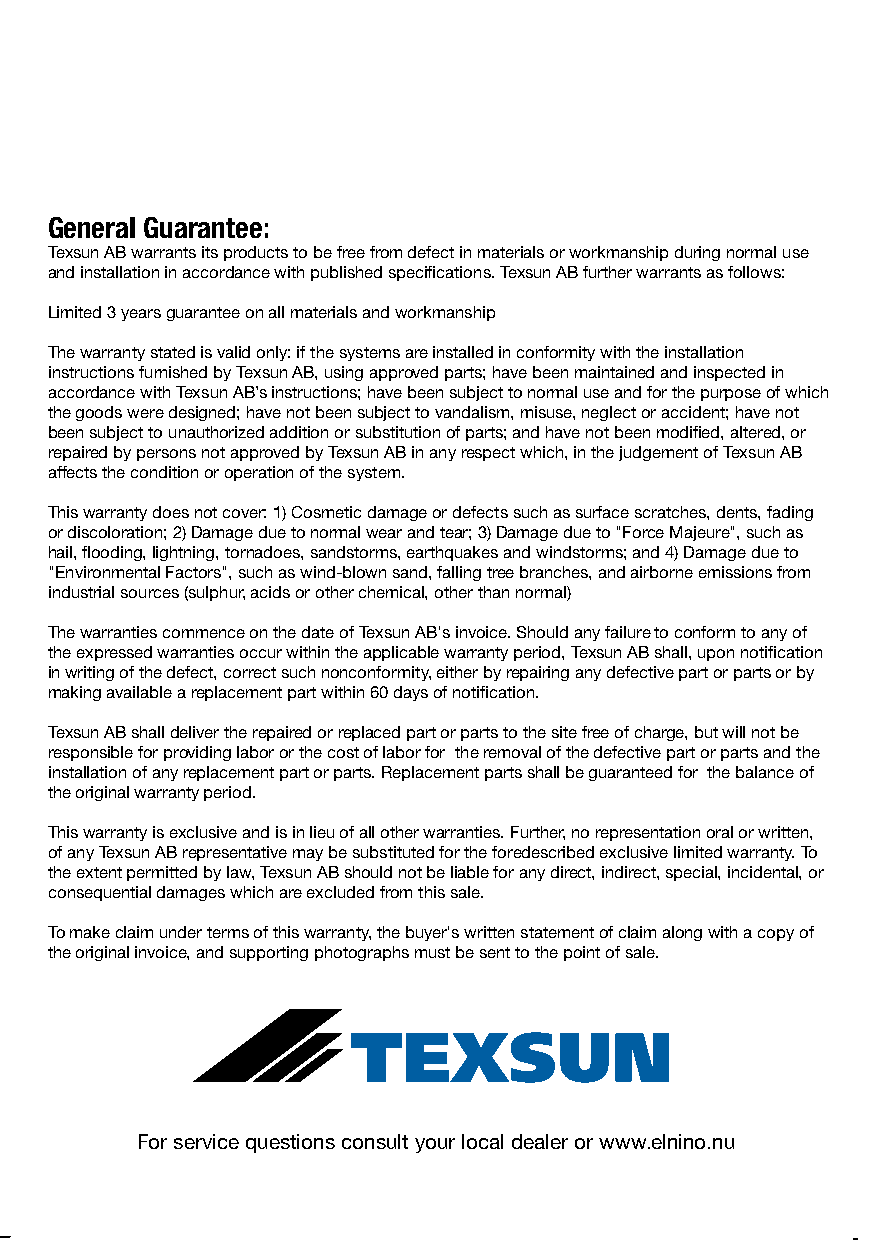
General Guarantee:
 Texsun AB warrants its products to be free from defect in materials or workmanship during normal use
 and installation in accordance with published specifications. Texsun AB further warrants as follows:
 Limited 3 years guarantee on all materials and workmanship
 The warranty stated is valid only: if the systems are installed in conformity with the installation
 instructions furnished by Texsun AB, using approved parts; have been maintained and inspected in
 accordance with Texsun AB’s instructions; have been subject to normal use and for the purpose of which
 the goods were designed; have not been subject to vandalism, misuse, neglect or accident; have not
 been subject to unauthorized addition or substitution of parts; and have not been modified, altered, or
 repaired by persons not approved by Texsun AB in any respect which, in the judgement of Texsun AB
 affects the condition or operation of the system.
 This warranty does not cover: 1) Cosmetic damage or defects such as surface scratches, dents, fading
 or discoloration; 2) Damage due to normal wear and tear; 3) Damage due to "Force Majeure", such as
 hail, flooding, lightning, tornadoes, sandstorms, earthquakes and windstorms; and 4) Damage due to
 "Environmental Factors", such as wind-blown sand, falling tree branches, and airborne emissions from
 industrial sources (sulphur, acids or other chemical, other than normal)
 The warranties commence on the date of Texsun AB's invoice. Should any failure to conform to any of
 the expressed warranties occur within the applicable warranty period, Texsun AB shall, upon notification
 in writing of the defect, correct such nonconformity, either by repairing any defective part or parts or by
 making available a replacement part within 60 days of notification.
 Texsun AB shall deliver the repaired or replaced part or parts to the site free of charge, but will not be
 responsible for providing labor or the cost of labor for the removal of the defective part or parts and the
 installation of any replacement part or parts. Replacement parts shall be guaranteed for the balance of
 the original warranty period.
 This warranty is exclusive and is in lieu of all other warranties. Further, no representation oral or written,
 of any Texsun AB representative may be substituted for the foredescribed exclusive limited warranty. To
 the extent permitted by law, Texsun AB should not be liable for any direct, indirect, special, incidental, or
 consequential damages which are excluded from this sale.
 To make claim under terms of this warranty, the buyer's written statement of claim along with a copy of
 the original invoice, and supporting photographs must be sent to the point of sale.
 For service questions consult your local dealer or www.elnino.nu